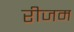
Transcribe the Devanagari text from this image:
रीजम